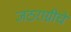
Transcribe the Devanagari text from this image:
जठराग्नीचे